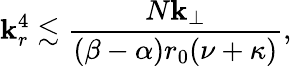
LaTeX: \mathbf{k}_{r}^{4}\lesssim\frac{{N\mathbf{k}_{\perp}}}{{(\beta-\alpha)r_{0}(\nu+\kappa)}},